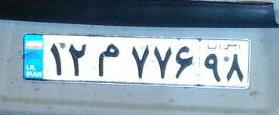
۱۲م۷۷۶۹۸